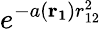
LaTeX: e^{-a(\mathbf{r_{1}})r_{12}^{2}}